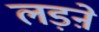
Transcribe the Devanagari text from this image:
लड़ऩे